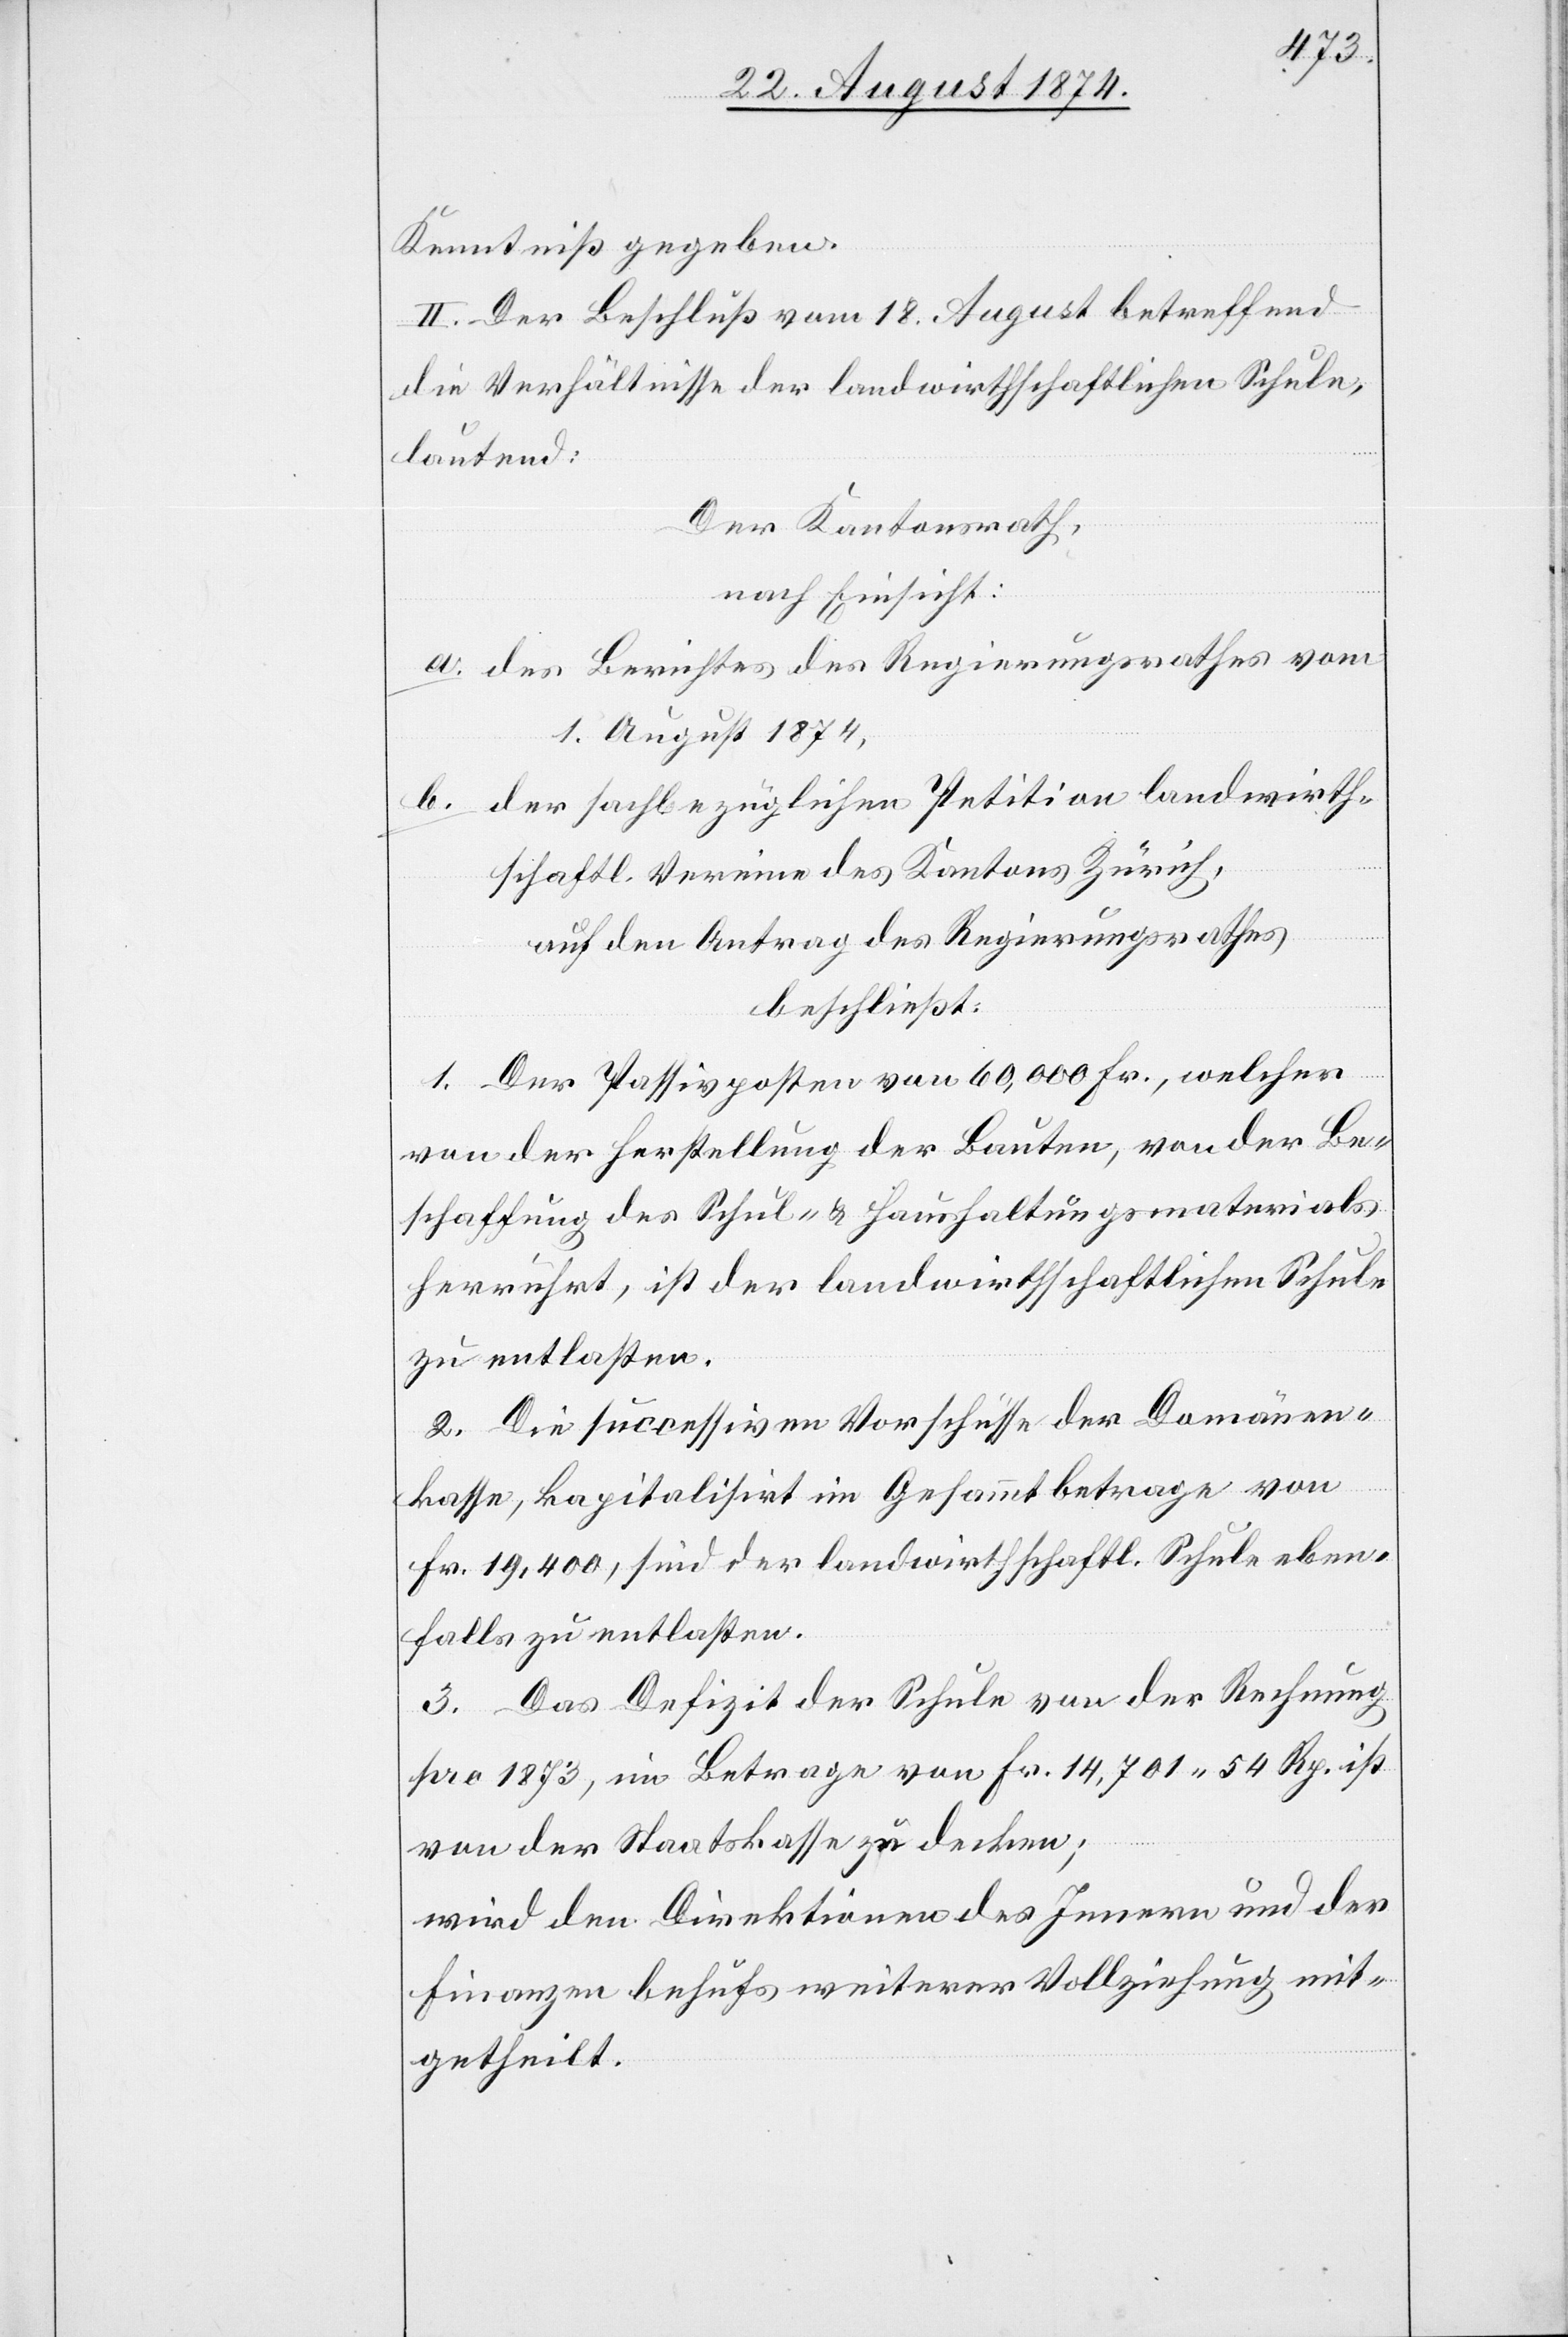
Kenntniß gegeben.
II. Der Beschluß vom 18. August betreffend
die Verhältnisse der landwirthschaftlichen Schule,
lautend:
Der Kantonsrath,
nach Einsicht:
a. des Berichtes des Regierungsrathes vom
1. August 1874,
b. der sachbezüglichen Petition landwirth¬
schaftl. Vereine des Kantons Zürich,
auf den Antrag des Regierungsrathes
beschließt:
1. Der Passivposten von 60,000 Fr., welcher
von der Herstellung der Bauten, von der Be¬
schaffung des Schul- u. Haushaltungsmaterials
herrührt, ist der landwirthschaftlichen Schule
zu entlasten.
2. Die successiven Vorschüsse der Domänen¬
kasse, kapitalisirt im Gesammtbetrage von
Fr. 19,4000, sind der landwirthschaftl. Schule eben¬
falls zu entlasten.
3. Das Defizit der Schule von der Rechnung
pro 1873, im Betrage von Fr. 14,701.54 Rp. ist
von der Staatskasse zu decken;
wird den Direktionen des Innern und der
Finanzen behufs weiterer Vollziehung mit¬
getheilt.